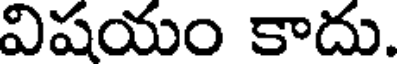
విషయం కాదు.